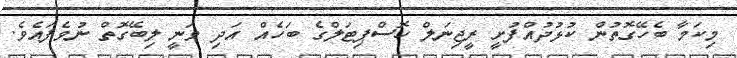
މިކަމާ ބެހޭގޮތުން ކުޅުދުއްފުށީ ރީޖިނަލް ހޮސްޕިޓަލްގެ ބަހެއް އަދި ވަނީ ލިބޭގޮތް ނުވެފައެވެ.